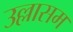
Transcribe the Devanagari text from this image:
उल्लासम